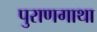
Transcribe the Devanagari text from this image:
पुराणगाथा